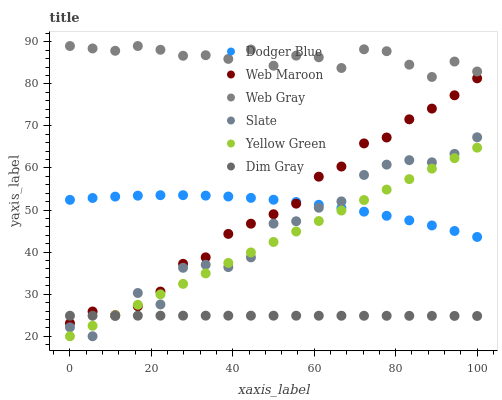
| xaxis_label | Dodger Blue | Web Maroon | Web Gray | Slate | Yellow Green | Dim Gray |
 | --- | --- | --- | --- | --- | --- | --- |
 | 0 | 52.4 | 23.1 | 89 | 22.1 | 20 | 24.9 |
 | 5.56 | 52.9 | 25.9 | 88.4 | 20 | 22.5 | 24.9 |
 | 11.1 | 53.2 | 25 | 87.9 | 24.8 | 25 | 24.9 |
 | 16.7 | 53.4 | 27.1 | 89 | 30.3 | 27.5 | 24.9 |
 | 22.2 | 53.5 | 30.6 | 88.1 | 27.6 | 30 | 24.9 |
 | 27.8 | 53.5 | 37.2 | 86.7 | 36.3 | 32.5 | 24.9 |
 | 33.3 | 53.4 | 38.8 | 86.8 | 37 | 34.9 | 24.9 |
 | 38.9 | 53.2 | 44.3 | 85.9 | 36.4 | 37.4 | 24.9 |
 | 44.4 | 52.9 | 46.8 | 88.2 | 38.8 | 39.9 | 24.9 |
 | 50 | 52.5 | 49 | 84.3 | 46.8 | 42.4 | 24.9 |
 | 55.6 | 51.9 | 51.5 | 86.7 | 47.3 | 44.9 | 24.9 |
 | 61.1 | 51.3 | 57.9 | 86.3 | 50.6 | 47.4 | 24.9 |
 | 66.7 | 50.5 | 60.3 | 83.8 | 52.1 | 49.9 | 24.9 |
 | 72.2 | 49.6 | 65.8 | 88.2 | 58.3 | 52.4 | 24.9 |
 | 77.8 | 48.6 | 67.3 | 87.8 | 60.8 | 54.9 | 24.9 |
 | 83.3 | 47.5 | 71.6 | 84.6 | 61.9 | 57.4 | 24.9 |
 | 88.9 | 46.3 | 74.1 | 81.6 | 61.4 | 59.8 | 24.8 |
 | 94.4 | 45 | 77.3 | 85.3 | 63.4 | 62.3 | 24.8 |
 | 100 | 43.6 | 81.3 | 82.9 | 67.3 | 64.8 | 24.8 |